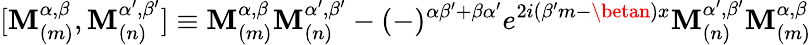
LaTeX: \lbrack\mathbf{M}_{(m)}^{\alpha,\beta},\mathbf{M}_{(n)}^{\alpha^{\prime},\beta^{\prime}}]\equiv\mathbf{M}_{(m)}^{\alpha,\beta}\mathbf{M}_{(n)}^{\alpha^{\prime},\beta^{\prime}}-(-)^{\alpha\beta^{\prime}+\beta\alpha^{\prime}}e^{2i(\beta^{\prime}m-\betan)x}\mathbf{M}_{(n)}^{\alpha^{\prime},\beta^{\prime}}\mathbf{M}_{(m)}^{\alpha,\beta}